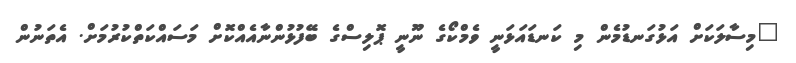
"މިސާލަކަށް އަޅުގަނޑުމެން މި ކަނޑައަޅަނީ ވެމްކޯގެ ނޫނީ ޕޮލިސްގެ ބޭފުޅުންނާއެއްކޮށް މަސައްކަތްކުރުމަށް. އެތަނުން